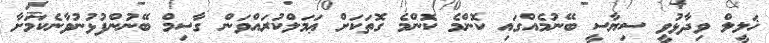
ޚަލީލް ވިދާޅުވީ ސިޔާސީ ބޭނުމެއްގައި ކޮންމެ ކޮންމެ ގޮތަކަށް ޢަމަލްކުރައްވަން ގާސިމް ބޭނުންފުޅުނުވާނެކަމަށާ